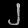
Digit: ၂